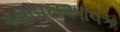
બાબતઆવક